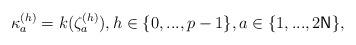
LaTeX: \begin{align*}\kappa _{a}^{\left( h\right) }=k(\zeta _{a}^{(h)}),h\in\{0,...,p-1\},a\in \{1,...,2\mathsf{N}\},\end{align*}